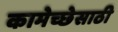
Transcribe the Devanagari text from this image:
कामेच्छेसाठी